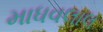
માધવલાલ